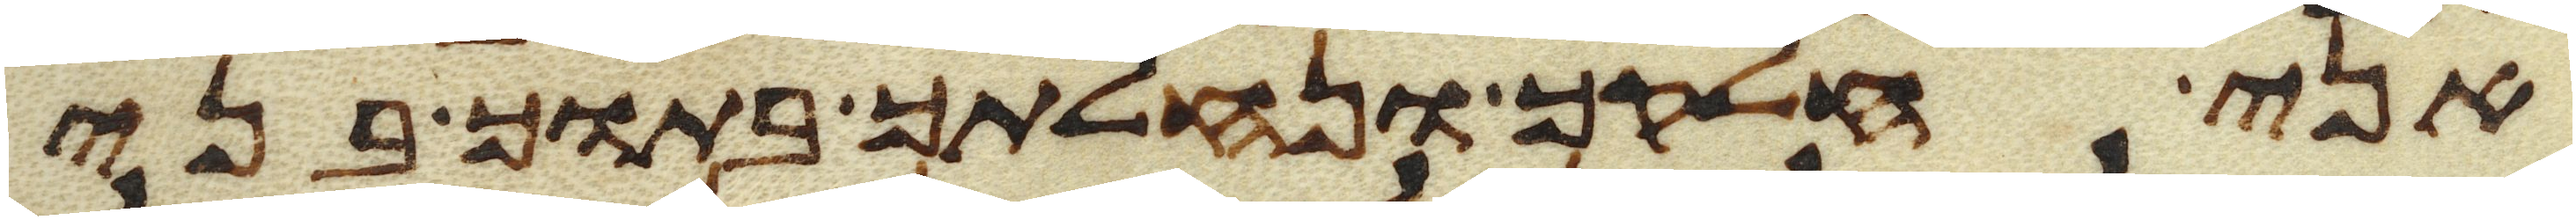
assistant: אני חלקך ונחלתך בתוך בני